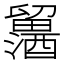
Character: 𲆾